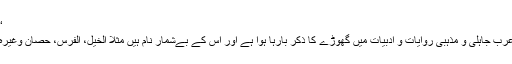
‘‘
عرب جاہلی و مذہبی روایات و ادبیات میں گھوڑے کا ذکر بارہا ہوا ہے اور اس کے بےشمار نام ہیں مثلاً الخیل، الفرس، حصان وغیرہ۔